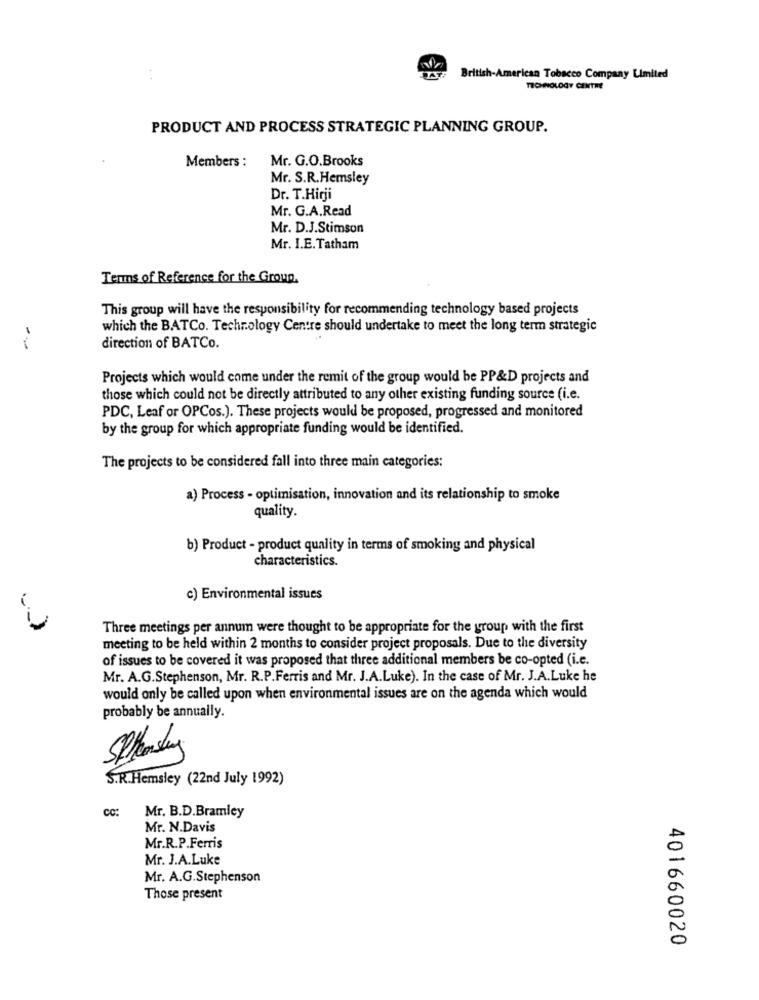
:
British-American Tobacco Company Limited
TECHNOLOGY CENTRE
PRODUCT AND PROCESS STRATEGIC PLANNING GROUP.
Members :
Mr. G.O.Brooks
Mr. S.R.Hemsley
Dr. T.Hirji
Mr. G.A.Read
Mr. D.J.Stimson
Mr. I.E. Tatham
Terms of Reference for the Group.
This group will have the responsibility for recommending technology based projects
which the BATCo. Technology Centre should undertake to meet the long term strategic
-
direction of BATCo.
Projects which would come under the remit of the group would be PP&D projects and
those which could not be directly attributed to any other existing funding source (i.e.
PDC, Leaf or OPCos.). These projects would be proposed, progressed and monitored
by the group for which appropriate funding would be identified.
The projects to be considered fall into three main categories:
a) Process - optimisation, innovation and its relationship to smoke
quality.
b) Product - product quality in terms of smoking and physical
characteristics.
c) Environmental issues
--
Three meetings per annum were thought to be appropriate for the group with the first
meeting to be held within 2 months to consider project proposals. Due to the diversity
of issues to be covered it was proposed that three additional members be co-opted (i.e.
Mr. A.G.Stephenson, Mr. R.P. Ferris and Mr. J.A.Luke). In the case of Mr. J.A.Luke he
would only be called upon when environmental issues are on the agenda which would
probably be annually.
S.R.Hemsley (22nd July 1992)
cc:
Mr. B.D.Bramley
Mr. N.Davis
Mr.R.P.Ferris
Mr. J.A.Luke
Mr. A.G.Stephenson
Those present
401660020